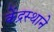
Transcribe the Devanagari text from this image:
केंद्रस्थाने